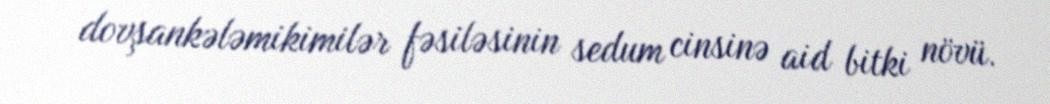
dovşankələmikimilər fəsiləsinin sedum cinsinə aid bitki növü.